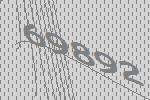
69892